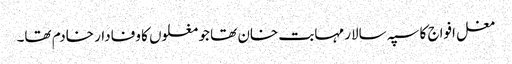
مغل افواج کا سپہ سالار مہابت خان تھا جو مغلوں کا وفادار خادم تھا۔